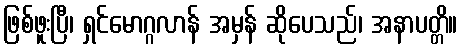
ဖြစ်ဖူးပြီ၊ ရှင်မောဂ္ဂလာန် အမှန် ဆိုပေသည်၊ အနာပတ္တိ။